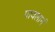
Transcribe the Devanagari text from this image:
पावलानं